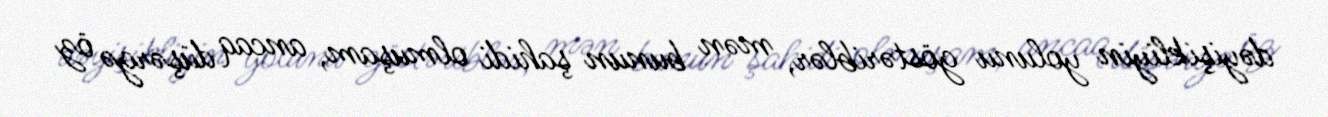
dəyişikliyin yolunu göstəriblər, mən bunun şahidi olmuşam, ancaq düşərgə öz